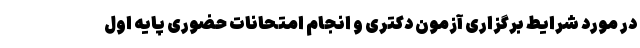
در مورد شرایط برگزاری آزمون دکتری و انجام امتحانات حضوری پایه اول